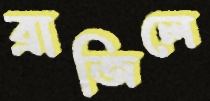
ব্রাজিলে